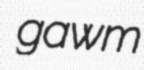
gawm